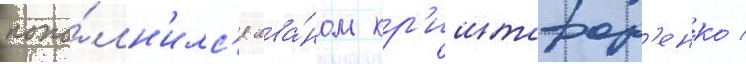
попо́лн'илс'я ива́ном кр'иштофор'енко /